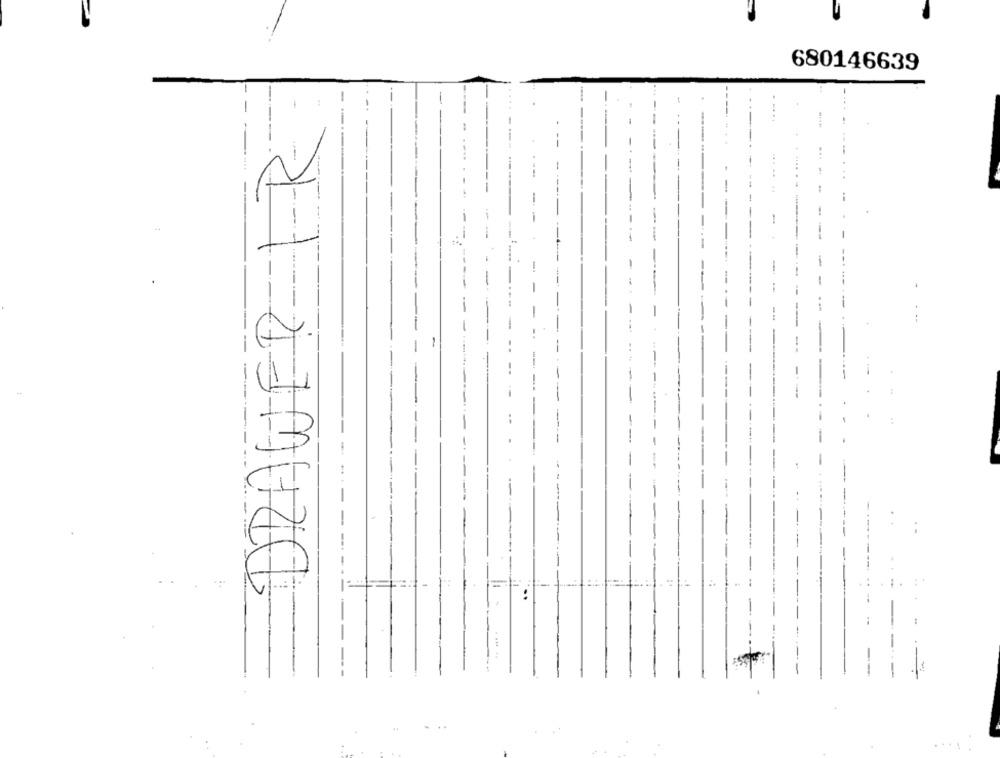
680146639
-
-
---
-
-
1
-
:
1:1=
:
...